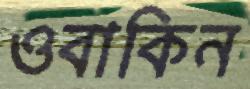
ওবাকিন